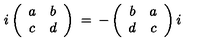
i \left( \begin{array} { c c } { a } & { b } \\ { c } & { d } \\ \end{array} \right) \: = \: - \left( \begin{array} { c c } { b } & { a } \\ { d } & { c } \\ \end{array} \right) i